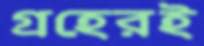
গ্রহেরই